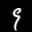
Label: 9